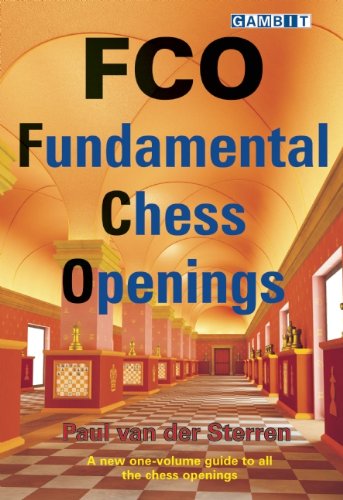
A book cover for FCO: Fundamental Chess Openings; Paul Van Der Sterren; Humor & Entertainment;